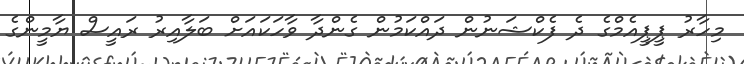
މިހާރު ޕީޕީއެމްގެ ދެ ފެކްޝަނުން ދައްކަމުން ގެންދާ ވާހަކައަށް ބަލާއިރު ރައީސް ޔާމީންގެ